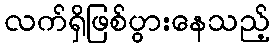
လက်ရှိဖြစ်ပွားနေသည့်